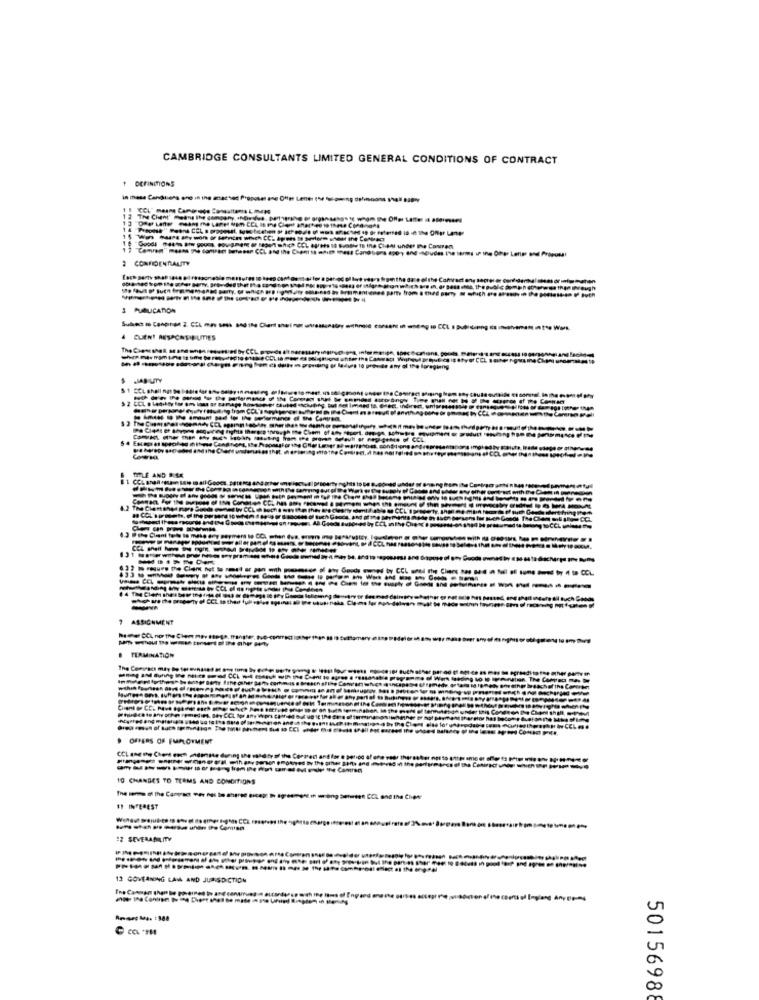
CAMBRIDGE CONSULTANTS LIMITED GENERAL CONDITIONS OF CONTRACT
DEFINITIONS
in these Canchiens and in the anachet Proposat ane Offer Lener (14 signing ofmoons 1hel LIP
15 Ww
+ Car
3 PUBLICATION
CUENT RESPONSIBILITIES
JAD UITY
------
--------
MILE AND RISK
------------
--------
--------
----
-------------
7 ASSIGNMENT
TERMINATION
The Conosca may bete
OFFERS OF EMPLOYMENT
CCL ang the Chent each adlimite during the wild ty of the Correct and for
10 CHANGES TO TERMS AND CONDITIONS
IF INTEREST
--
13 GOVERNING LAW AND JURISDICTION
50156988